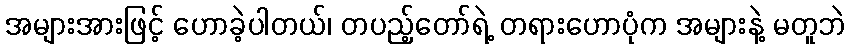
အများအားဖြင့် ဟောခဲ့ပါတယ်၊ တပည့်တော်ရဲ့ တရားဟောပုံက အများနဲ့ မတူဘဲ